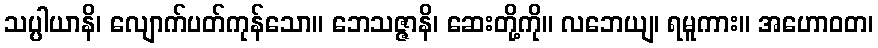
သပ္ပါယာနိ၊ လျောက်ပတ်ကုန်သော။ ဘေသဇ္ဇာနိ၊ ဆေးတို့ကို။ လဘေယျ၊ ရမူကား။ အဟောဝတ၊